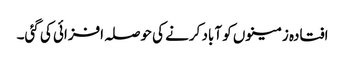
افتادہ زمینوں کو آباد کرنے کی حوصلہ افزائی کی گئی۔